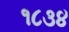
૧૮૩૪